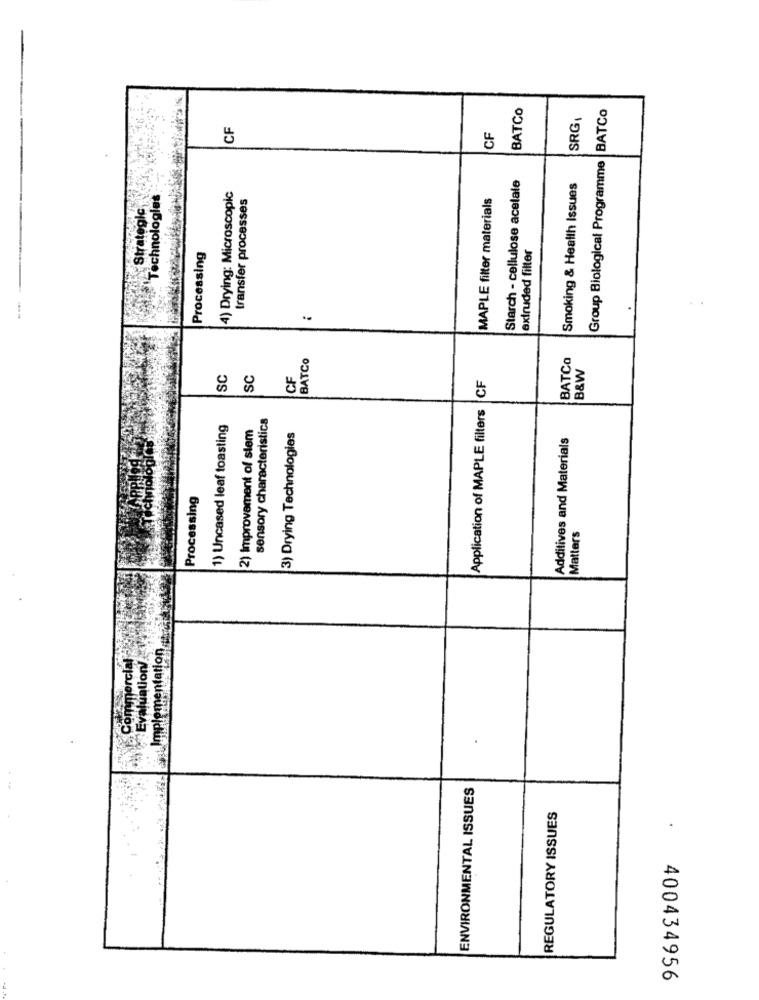
BATCO
Group Biological Programme |BATCo
SRG
CF
CF
Starch - cellulose acelale
Smoking & Health Issues
Technologies
4) Drying: Microscopic
transfer processes
MAPLE filter materials
Strategie
extruded filter
Processing
BATCO
BATCa
B&W
SC
SC
CF
Application of MAPLE filters CF
sensory characteristics
1) Uncased leaf toasting
2) improvement of stem
3) Drying Technologies
Additives and Materials
Processing
Matters
mpmercial
ntation
lation/
ENVIRONMENTAL ISSUES
REGULATORY ISSUES
.
400434956